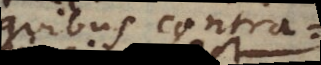
quibus contra